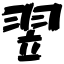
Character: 翌